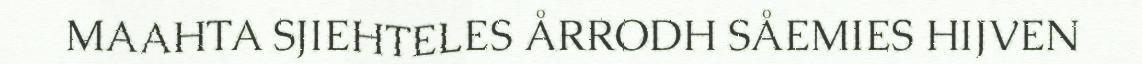
MAAHTA SJIEHTELES ÅRRODH SÅEMIES HIJVEN